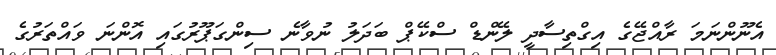
އެނޫންނަމަ ރާއްޖޭގެ އިގްތިސާދީ ލޭންޑް ސްކޭޕް ބަދަލު ނުވާނެ ސިންގަޕޫރުގައި އޮންނަ ވައްތަރުގެ